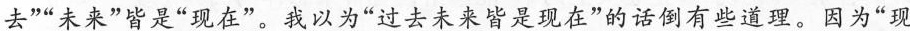
去””未来”皆是”现在”。我以为”过去未来皆是现在”的话倒有些道理。因为”现